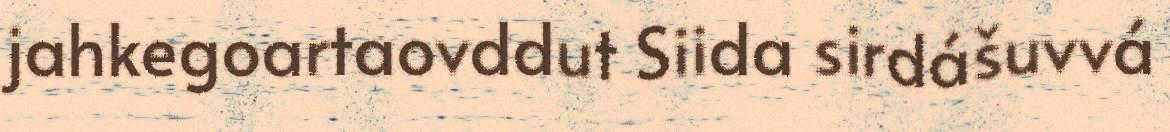
jahkegoartaovddut Siida sirdášuvvá